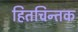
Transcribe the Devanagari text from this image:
हितचिन्तक